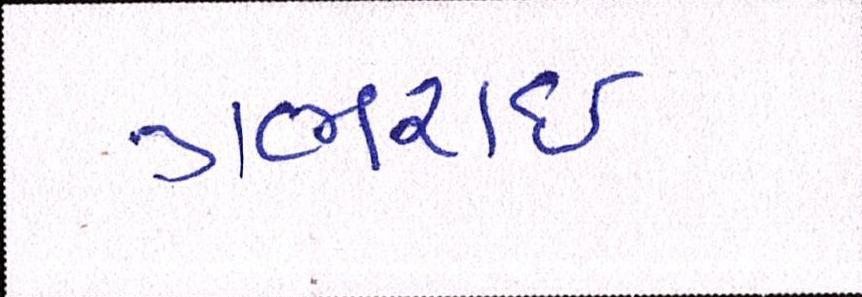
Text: ગભરાઇ